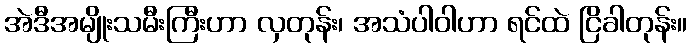
အဲဒီအမျိုးသမီးကြီးဟာ လှတုန်း၊ အသံပါဝါဟာ ရင်ထဲ ငြိခါတုန်း။